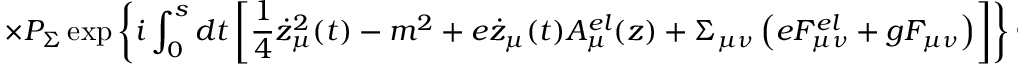
\times P _ { \Sigma } \exp \left\{ i \int _ { 0 } ^ { s } d t \left[ \frac 1 4 \dot { z } _ { \mu } ^ { 2 } ( t ) - m ^ { 2 } + e \dot { z } _ { \mu } ( t ) A _ { \mu } ^ { e l } ( z ) + \Sigma _ { \mu \nu } \left( e F _ { \mu \nu } ^ { e l } + g F _ { \mu \nu } \right) \right] \right\} \Phi ( x , x ^ { \prime } ) ,